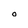
Character: O